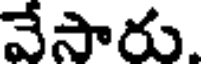
వేసారు.